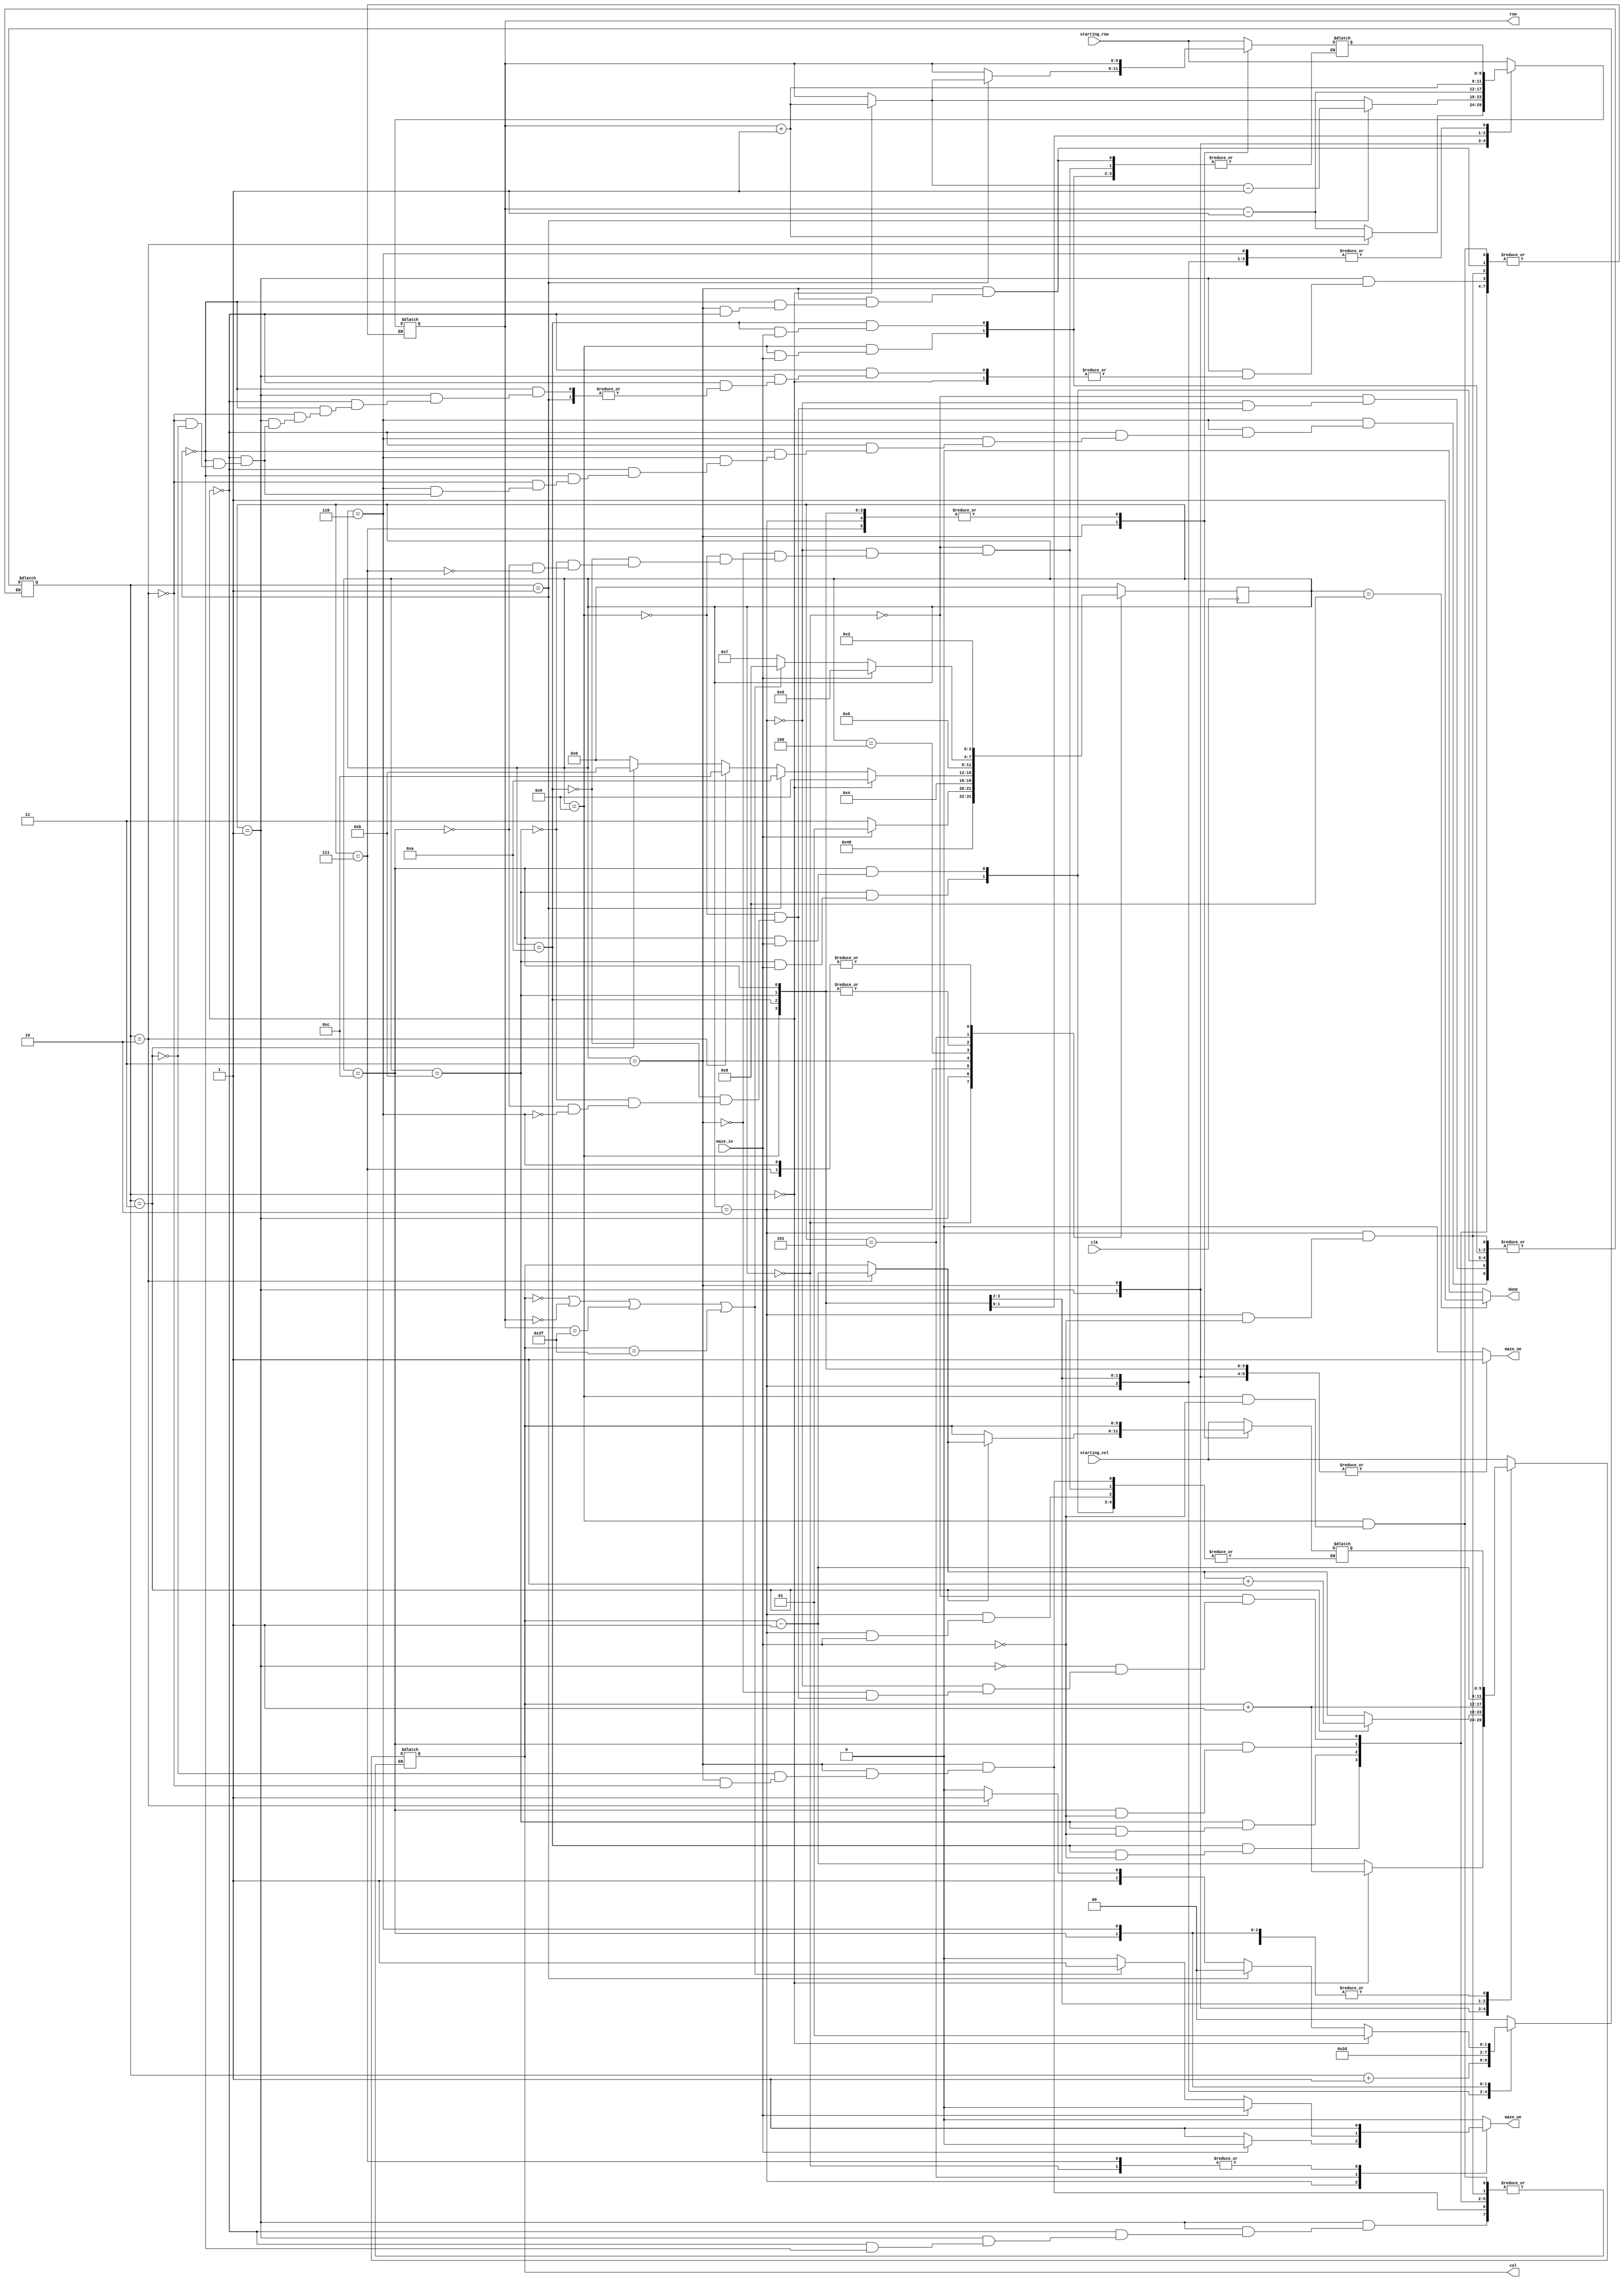


`define maze_width 6

module maze(
	input clk,
	input [`maze_width-1:0] starting_col, starting_row,
	input maze_in,
	output reg [`maze_width-1:0] row, col,
	output reg	maze_oe,
	output reg	maze_we,
	output reg	done);


reg [5:0] last_row, last_col;  //copiile coordonatelor, folosite pentru a retine starea anterioara

parameter S0 = 0;
parameter S1 = 1;
parameter S2 = 2; 
parameter S3 = 3;
parameter S4 = 4;
parameter S5 = 5;
parameter S6 = 6;
parameter S7 = 7;
parameter east = 9;
parameter west = 10;
parameter north = 11;
parameter south = 12;
parameter final_labirint = 8;

`define est 0
`define vest 1
`define sud 2
`define nord 3

reg [1:0] pct_cardinal; // alegem de la 0 la 3 punctele cardinale
reg [3:0] state, next_state;

always @(posedge clk) begin
		state<=next_state;
end

always @(*) begin
	 done=0;
	 maze_we=0;
	 maze_oe=0;
	 next_state=S0;
	 
	 
case(state)
	 
	S0: begin
			
		maze_we = 1; // programul va pune valoarea 2 pe pozitia anterioara pentru a-si da seama ca a trecut prin acel loc
		// conform algoritmului wall follower (right hand rule) ne vom ghida tot timpul dupa peretele din dreapta
		pct_cardinal = `est;	
		col = starting_col;
		row = starting_row;			
		last_col = starting_col;
		last_row = starting_row;

	next_state=S1;
	
	end

	S1 : begin // aflam unde ne putem deplasa din pozitia initiala
			if(pct_cardinal==`est) begin
					 col=col+1;
			end
					  
			else if(pct_cardinal==`vest) begin
					 col=col-1;
		   end
					  
			else if(pct_cardinal==`sud) begin
						row=row+1;
			end
					  
			else if(pct_cardinal==`nord) begin
					 row=row-1;
			end	 
					  
	maze_oe=1;		
	next_state=S2;
				
	end

	S2: begin
			
		if(maze_in == 0) begin
			last_row=row;
			last_col=col;
					
	maze_we=1;
	next_state=S3;
	
	end

		else begin //ma reintorc in S1;
				
			col=last_col;
			row=last_row;
			pct_cardinal=pct_cardinal+1;
					
			next_state=S1;

		end

	end

	S3: begin //probam in ce punct cardinal ne vom indrepta
	
		if(pct_cardinal==`est) begin
				last_row=row;
				row=row+1; //verificam daca e posibila deplasarea in sud
		end
		if(pct_cardinal==`vest) begin
				last_row=row;
				row=row-1; //verificam daca e posibila deplasarea in nord
		end
		if(pct_cardinal==`sud) begin
				last_col=col;
				col=col-1; //verificam daca e posibila deplasarea in vest
		end
		if(pct_cardinal==`nord) begin
				last_col=col;
				col=col+1; // verificam daca e posibila deplasarea in est
		end
						
	maze_oe=1;
	next_state=S4;

	end
			
	S4: begin
			
		if(pct_cardinal==`est) begin
				next_state=east;
		end
					
		else if (pct_cardinal==`vest) begin
				next_state=west;
		end
					
		else if(pct_cardinal==`sud) begin
				next_state=south;
		end
					
		else if(pct_cardinal==`nord) begin			
				next_state=north;
		end
					
	end
			
			
	east: begin
			// pastrez pozitia anterioara si ma reintorc de unde am plecat si merg spre est
		if(maze_in==1) begin 
			last_col=col; 
			row=last_row; 
			col=col+1; 
		end
			
		else begin 
					//salvam coordonatele si ne deplasam spre sud
			pct_cardinal=`sud;
			last_col=col;
			last_row=row;

		end	
		
	maze_oe=1;
	next_state=S5;
			
	end
			
			
	west: begin
			// pastrez pozitia anterioara si ma reintorc de unde am plecat si merg spre vest
		if(maze_in==1) begin 
			last_col=col; 
			row=last_row; 
			col=col-1; 
		end
			
		else begin
			//salvam coordonatele si ne deplasam spre nord
			pct_cardinal=`nord;
			last_row=row;
			last_col=col;
		end
		
	maze_oe=1;
	next_state=S5;
	
	end
			
			
	north: begin
			// pastrez pozitia anterioara si ma reintorc de unde am plecat si merg spre nord
		if(maze_in==1) begin 
			last_row=row;
			col=last_col;
			row=row-1;
		end
			
		else begin //salvam coordonatele si ne deplasam spre est
			pct_cardinal=`est;
			last_row=row;
			last_col=col;
		end
		
	maze_oe=1;
	next_state=S5;
				
	end
			
			
	south: begin
			 // pastrez pozitia anterioara si ma reintorc de unde am plecat si merg spre sud
		if(maze_in==1) begin
			last_row=row;
			col=last_col;
			row=row+1;
		end

		else begin //salvam coordonatele si ne deplasam spre vest
			pct_cardinal=`vest;
			last_row=row;
			last_col=col;
		end
			
	maze_oe=1;
	next_state=S5;
			
	end

	S5: begin

		if(maze_in==0)  begin // daca e cale libera de trecere
			if(col==0 || row==0 || row==63 || col==63) begin // daca suntem la marginile labirintului
				maze_we=1;
				next_state=final_labirint;

			end

			else begin // daca e perete
				next_state=S7;
			end
		end

		else begin //ma reintorc
			next_state=S6; 
		end

	end
			
	S6: begin // **
			
		col=last_col;
		row=last_row;
		//ne deplasam in alta pozitie, avand in vedere ca am intalnit un obstacol
		
		if(pct_cardinal==`est) begin
			pct_cardinal=`vest;
		end
		
		else if(pct_cardinal==`vest) begin
			pct_cardinal=`est;
		end
		
		else if(pct_cardinal==`sud) begin
			pct_cardinal=`nord;
		end
		
		else if(pct_cardinal==`nord) begin
			pct_cardinal=`sud;
		end

	next_state=S3;
			
	end
			
	S7: begin // ***
			
		last_row=row;
		last_col=col;
		maze_we=1;
		next_state = S3;
			
	end
						
	final_labirint: begin // starea marcata a automatului, unde vom spune ca am gasit iesirea din labirint, done devine 1.
	
		done=1; 
		
	end

	endcase

end

endmodule